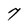
Character: 7